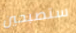
ستصبحين